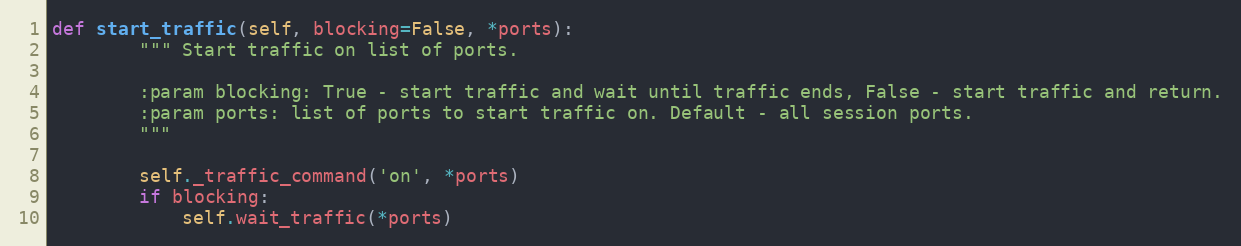
Language: Python
def start_traffic(self, blocking=False, *ports):
        """ Start traffic on list of ports.

        :param blocking: True - start traffic and wait until traffic ends, False - start traffic and return.
        :param ports: list of ports to start traffic on. Default - all session ports.
        """

        self._traffic_command('on', *ports)
        if blocking:
            self.wait_traffic(*ports)